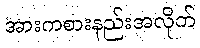
အားကစားနည်းအလိုက်